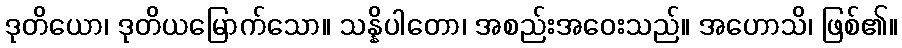
ဒုတိယော၊ ဒုတိယမြောက်သော။ သန္နိပါတော၊ အစည်းအဝေးသည်။ အဟောသိ၊ ဖြစ်၏။